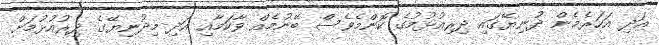
އަދި އަހަރެމެން ދުނިޔޭގައި ދިރިއުޅުމުގެ ކޮންމެވެސް ބޭނުމެއް ވާކަމާއި އަދި މިދުނިޔޭގެ ދިރުއުޅުމަށް